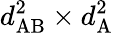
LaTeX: d_{\mathrm{AB}}^{2}\times d_{\mathrm{A}}^{2}